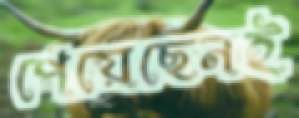
পেয়েছেনই